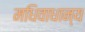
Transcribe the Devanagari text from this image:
मधिवाधान्य